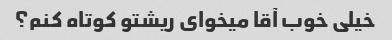
خیلی خوب آقا میخوای ریشتو کوتاه کنم؟